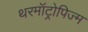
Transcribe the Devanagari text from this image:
थरमॉट्रोपिज्म